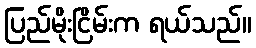
ပြည်မိုးငြိမ်းက ရယ်သည်။